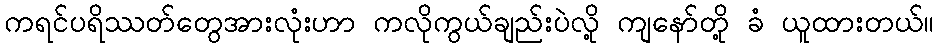
ကရင်ပရိဿတ်တွေအားလုံးဟာ ကလိုကွယ်ချည်းပဲလို့ ကျနော်တို့ ခံ ယူထားတယ်။